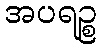
အပရဉ္စ